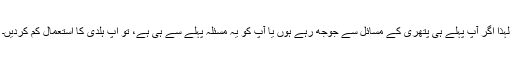
لہذا اگر آپ پہلے ہی پتھری کے مسائل سے جوجھ رہے ہوں یا آپ کو یہ مسئلہ پہلے سے ہی ہے، تو آپ ہلدی کا استعمال کم کردیں۔